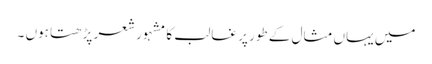
میں یہاں مثال کے طور پر غالب کا مشہور شعر پڑھتا ہوں ۔